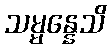
သမ္မန္နေသိ